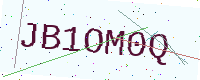
Text: JB1OM0Q